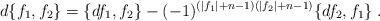
LaTeX: \begin{align*}d\{f_1,f_2\}= \{df_1,f_2\}- (-1)^{(|f_1|+n-1)(|f_2|+n-1)} \{df_2,f_1\}\;.\end{align*}